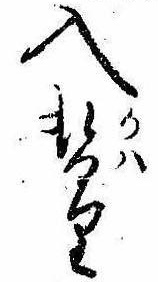
入替り